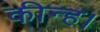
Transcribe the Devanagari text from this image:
कीन्‍ह।